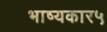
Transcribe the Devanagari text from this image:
भाष्यकार५